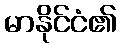
မာနိုင်ငံ၏